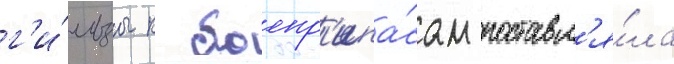
г'и́льзы к боепр'ипа́сам поставл'я́ла